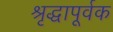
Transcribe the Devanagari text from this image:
श्रृद्धापूर्वक